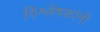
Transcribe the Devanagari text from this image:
विश्लेषकांनी